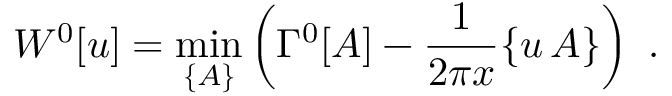
W ^ { 0 } [ u ] = \operatorname * { m i n } _ { \{ A \} } \left( \Gamma ^ { 0 } [ A ] - \frac { 1 } { 2 \pi x } \{ u \, A \} \right) \ .